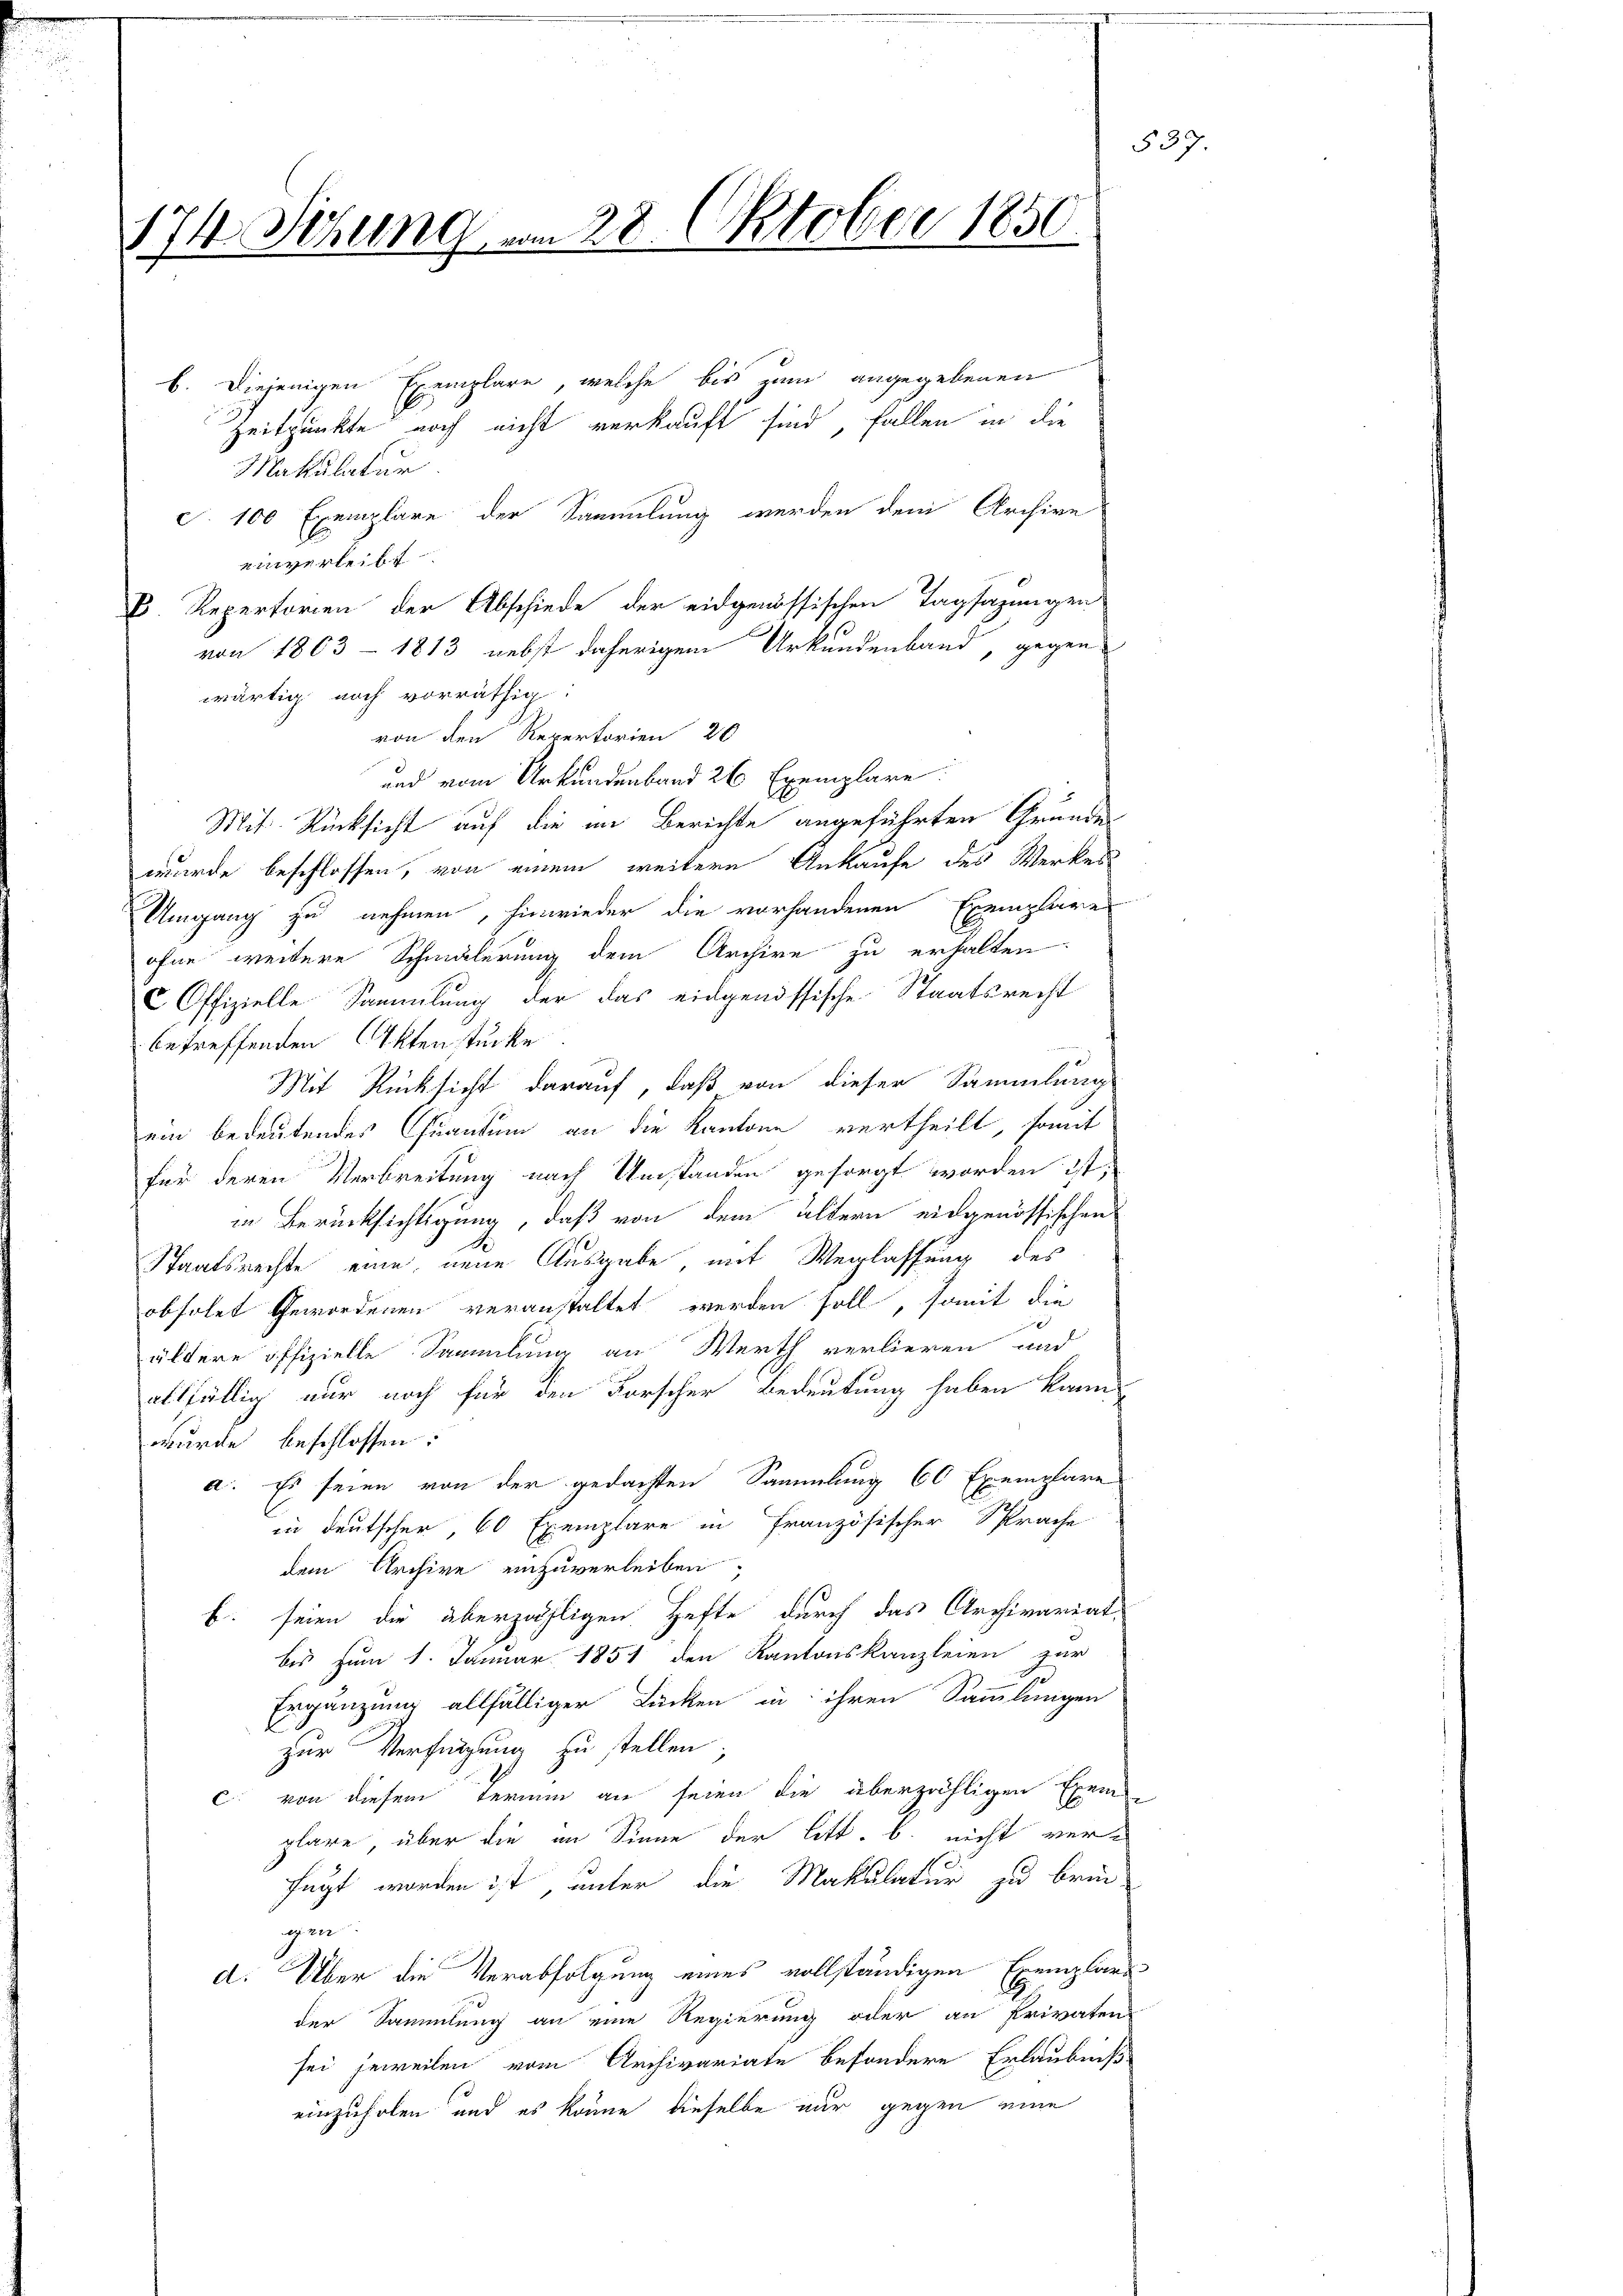
174. Setzung vom 28. Oktober 1850.

b. Diejenigen Exemplare, welche bis zum angegebenen
Zeitpunkte noch nicht verkauft sind, fallen in die
Makulatur
c. 100 Exemplare der Sammlung werden dem Archive
einverleibt
V. Repertorien der Abschiede der eidgenössischen Tagsazungen
von 1863 - 1813 nebst daherigem Urkundenband, gegen
wärtig noch vorräthig.
von den Repertorien 20
und vom Urkundenband 26 Exemplare
Mit Rücksicht auf die im Berichte angeführten Grunde
wurde beschlossen, von einem weitere Ankaufe des Werkes
Umgang zu nehmen, hinwieder die vorhandenen Exemplare
ofne weitere Schmälerung dem Archive zu erhalten.
COffizielle Sammlung der das eidgenössische Staatsrecht
betreffenden Aktenstücke
Mit Rücksicht darauf, daß von dieser Sammlung
ein bedeutendes Quantum an die Kantone vertheilt, somit
für deren Verbreitung nach Umständen gesorgt worden ist,
in Berücksichtigung, daß von dem ältern eidgenössischen
Staatsrechte eine neue Ausgabe mit Weglassung des
obholet Gewordenen veranstaltet werden soll, somit die
ältere offizielle Sammlung an Werth verlieren und
allfällig nur noch für den Forscher Bedeutung haben kann
wurde beschlossen:
a. Es seien von der gedachten Sammlung 60 Exemplare
in Deutscher, 60 Exemplare in Französischer Sprache
dem Archive einzuverleiben,
E. seien die überzähligen Hefte durch das Archivariat-
bis zum 1. Januar 1851 den Kantonskanzleien zur
Ergänzung allfälliger Lücken in ihren Sammlungen
zur Verfügung zu stellen;
c. von diesem Termin an seien die überzähligen Exem-
plare, über die an Sinne der litt. b. nicht ver-
fügt worden ist unter die Makulatur zu brin-
gen
d. Über die Verabfolgung eines vollständigen Exemplars
der Sammlung an eine Regierung oder an Privaten
sei jeweilen vom Archivariate besondere Erlaubniß
einzuholen und es könne dieselbe nur gegen eine